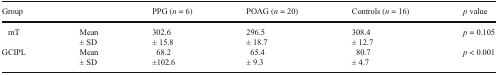
| <COLSPAN=2> Group | PPG (n = 6) | POAG (n = 20) | Controls (n = 16) | p value |
 | --- | --- | --- | --- | --- | --- |
 | mT | Mean± SD | 302.6± 15.8 | 296.5± 18.7 | 308.4± 12.7 | p = 0.105 |
 | GCIPL | Mean± SD | 68.2±102.6 | 65.4± 9.3 | 80.7± 4.7 | p < 0.001 |